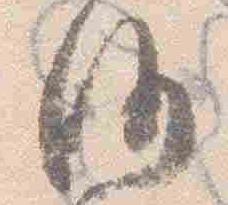
沙